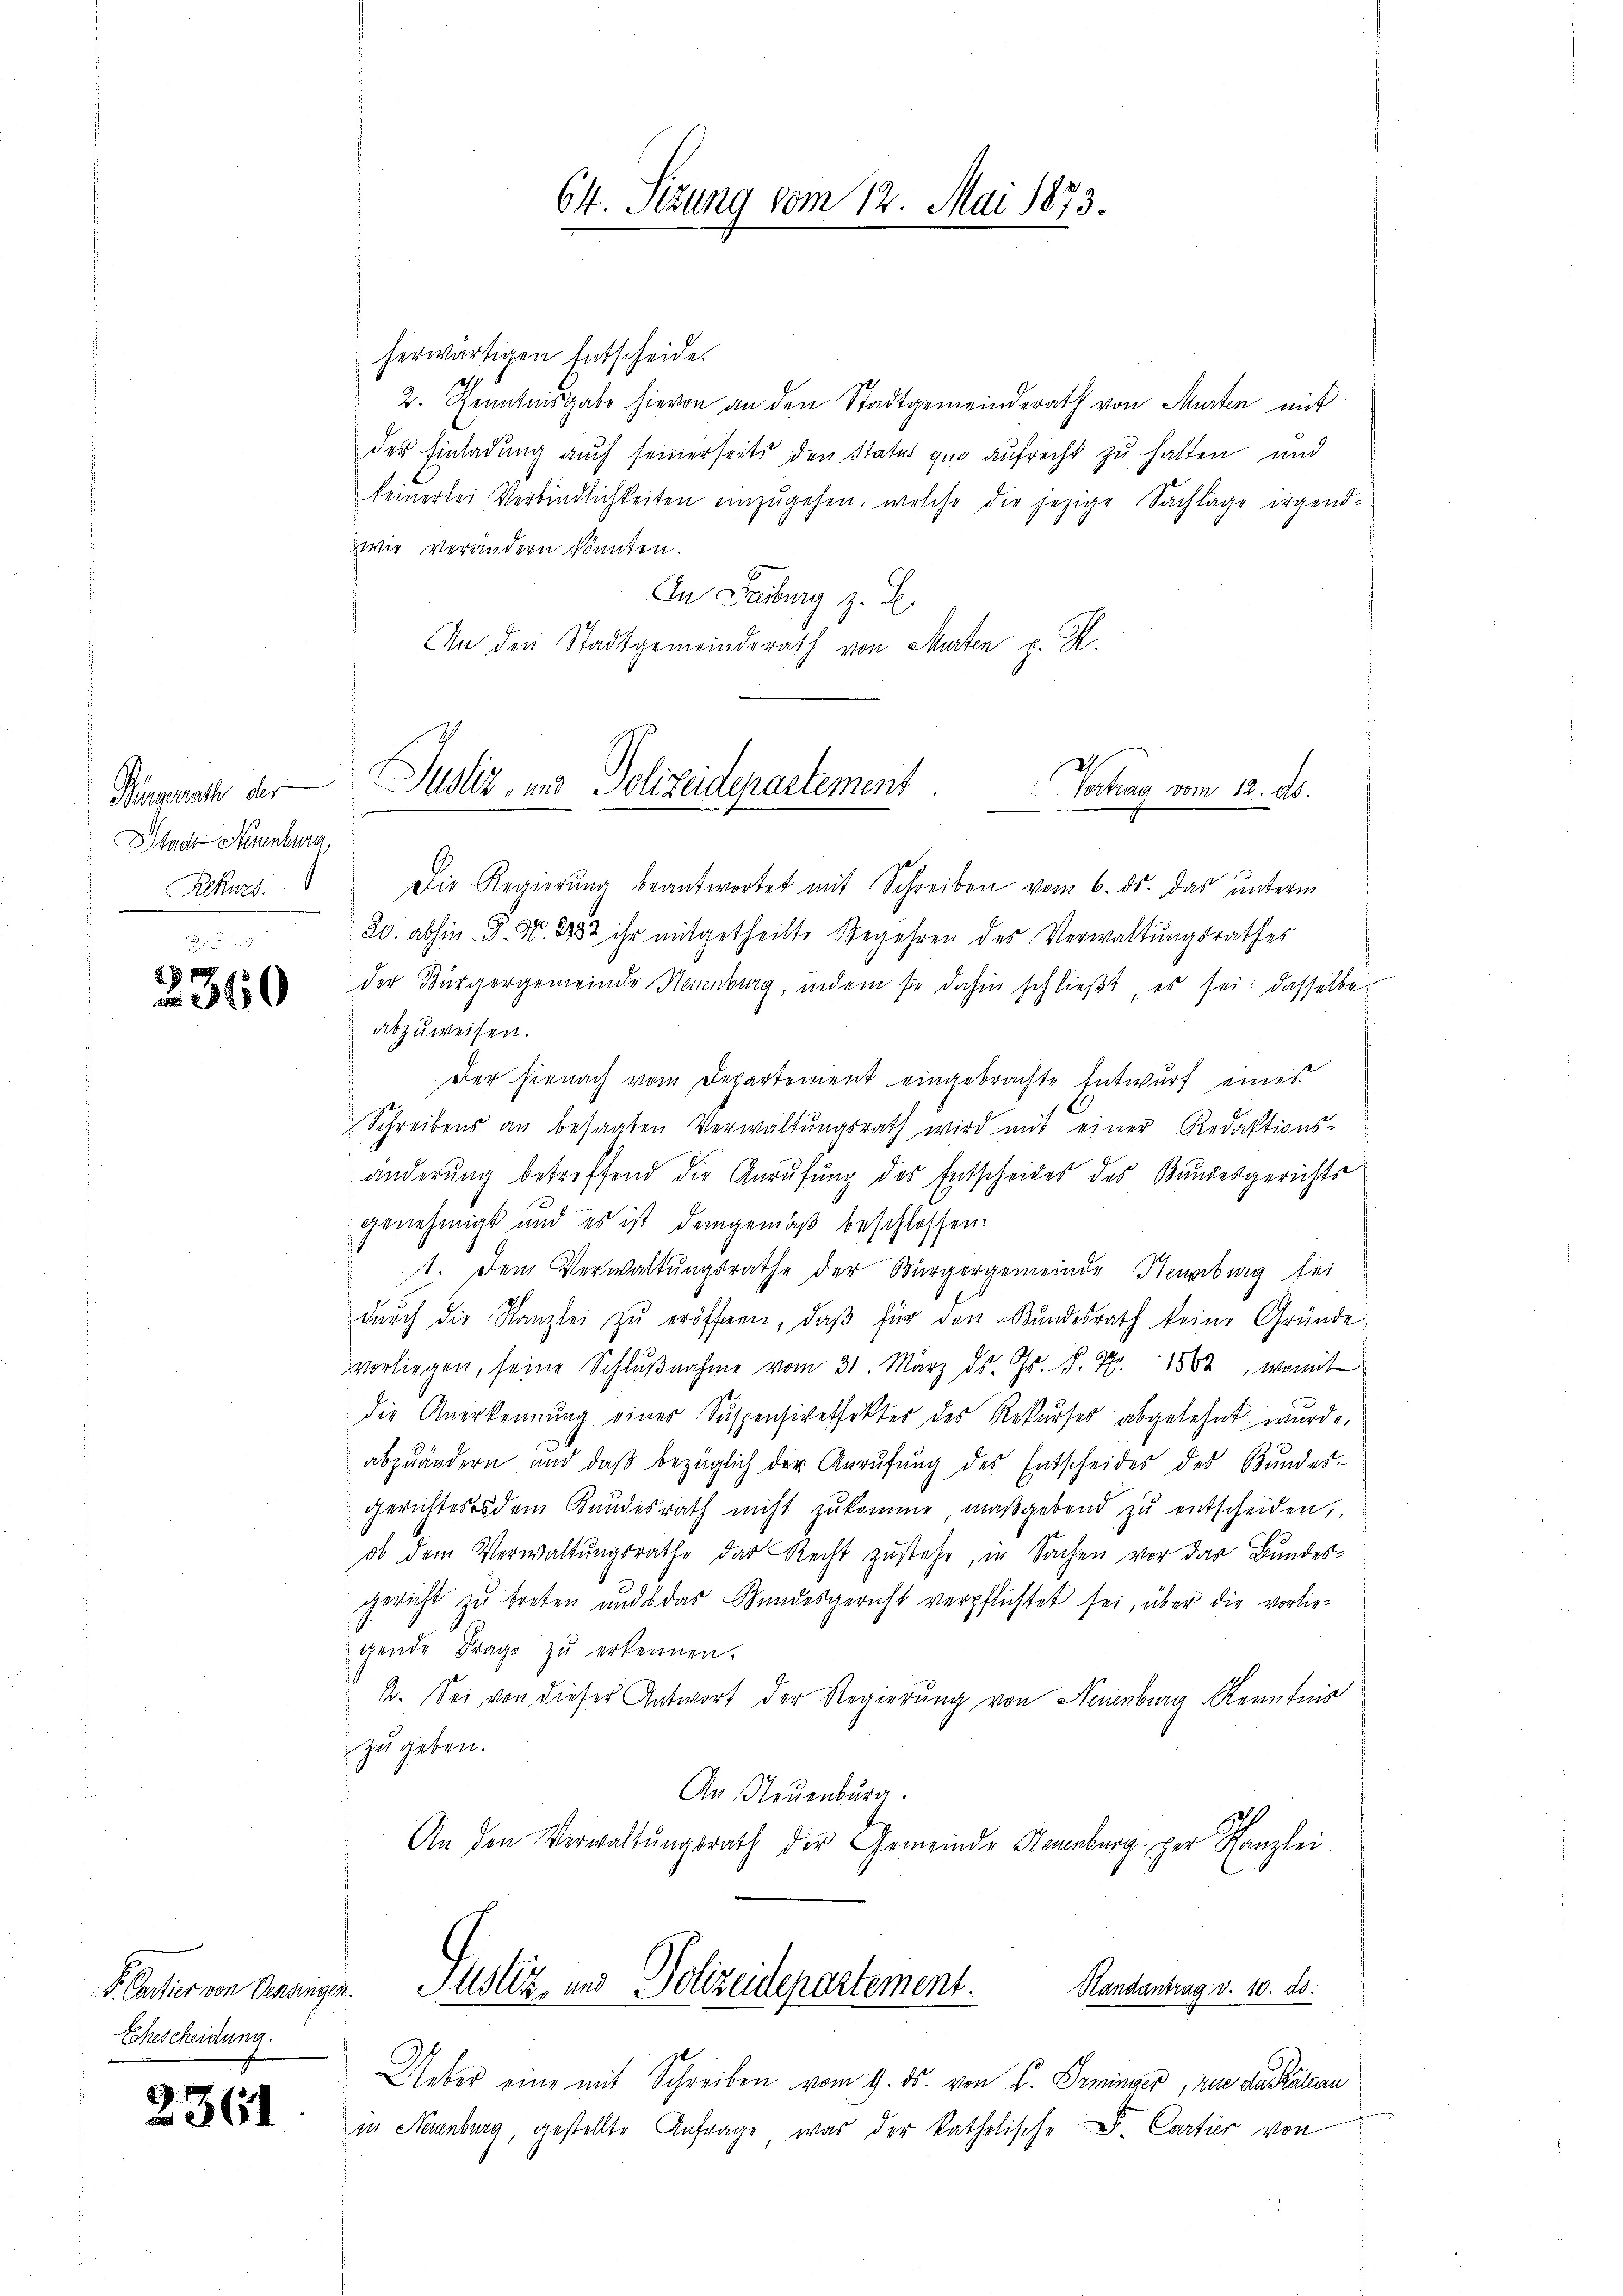
Bürgerrath der
Stadt Neuenburg
Rekurs

2360

F. Cartier von Oenzingen.
Ehescheidung.

2361

herwärtigen Entscheide
2. Kenntnisgabe hievon an den Stadtgemeinderath von Murten mit
der Einladung auch seinerseits den Status quo aufrecht zu halten und
keinerlei Verbindlichkeiten einzugehen, welche die jezige Sachlage irgendwie verändern könnten.
In Leiburg z. B.
An den Stadtgemeindsrath von Murten p. K.

64. Sitzung vom 12. Mai 1873.

I
Justiz, und Polizeidepartement.
Vertrag vom 12. ds.

Die Regierŭng beantwortet mit Schreiben vom 6. ds. das ŭnterm
20. abhin P. Nr. 1882 ihr mitgetheilte Begehren des Verwaltungsrathes
der Bürgergemeinde Neuenburg, indem sie dahin schlieβt, es sei; dasselbe
abzuweisen.
Der hienach vom Departement eingebrachte Entwurf eines
Schreibens an besagten Verwaltungsrath wird mit einer Redaktions-
änderung betreffend die Anrufung des Entscheides des Bundesgerichts
genehmigt und es ist demgemäß beschlossen:
t. Dem Verwaltungsrathe der Bürgergemeinde Neuenburg sei
dŭrch die Kanzlei zŭ eröffnen, daβ für den Bundesrath keine Gründe
vorliegen, seine Schlŭβnahme vom 31. März ds. Gs. S. 77. 1582, womit
die Anerkennung einer Suspensiveffektes des Rekŭrses abgelehnt wurde,
abzuändern, und daβ bezüglich der Anrufung des Entscheides des Bundes-
gerichtes dem Bundesrath nicht zŭkomme, maßgebend zŭ entscheiden,
ob dem Verwaltungsrathe das Recht zustehe, in Sachen vor das Bundesgericht zu treten und das Bundesgericht verpflichtet sei, über die vorliegende Frage zu erkennen.
B. Sei von dieser Antwort der Regierung von Neuenburg Kenntnis
zu geben.
An Neuenburg.
An den Verwaltŭngsrath der Gemeinde Sternburg, per Kanzlei.
Pustiz, und Polizeidepartement. Kanzentrag v. 10. ds.
Ueber eine mit Schreiben vom 9. ds. von F. Irminder, zu die Kältern
in Neuenburg, gestellte Anfrage, was der katholische F. Cartier von